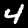
Digit: 4